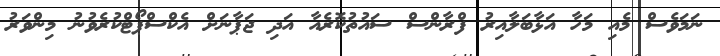
ނަމަވެސް މެއި މަހާ އަޅާބަލާއިރު ފްރާންސް ސައުތުކޮރެއާ އަދި ޖަޕާނަށް އެކްސްޕޯޓްކުރެވުނު މިންވަރު